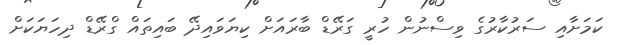
ކަމަށާއި ސަރުކާރުގެ ވިސްނުން ހުރީ ގަރޭޑް ބާރައަށް ކިޔަވައިދޭ ބައިތައް ގްރޭޑް ދިހަޔަކަށް